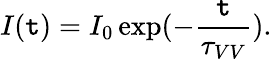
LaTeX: I(\mathtt{t})=I_{0}\exp(-\frac{{\mathtt{t}}}{{\tau_{VV}}}).